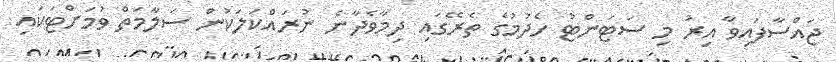
ޖައްސާފައިވާ އިރު މި ސަޓަންޓު ހެދުމުގެ ތެރޭގައި ދިމާވެދާނެ ނުރައްކަލަކުން ސަލާމަތް ވުމަށްޓަކައި